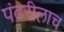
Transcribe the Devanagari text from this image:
पंढरीलाच